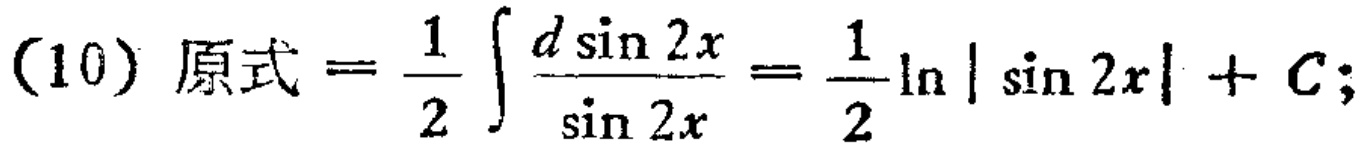
(10) 原式 \(=\frac{1}{2}\int\frac{d\sin 2x}{\sin 2x}=\frac{1}{2}\ln|\sin 2x| + C;\)